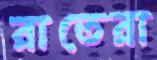
রাতেরা